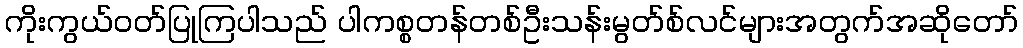
ကိုးကွယ်ဝတ်ပြုကြပါသည် ပါကစ္စတန်တစ်ဦးသန်းမွတ်စ်လင်များအတွက်အဆိုတော်